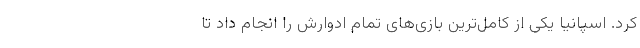
کرد. اسپانیا یکی از کامل‌ترین بازی‌های تمام ادوارش را انجام داد تا